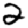
Digit: 2